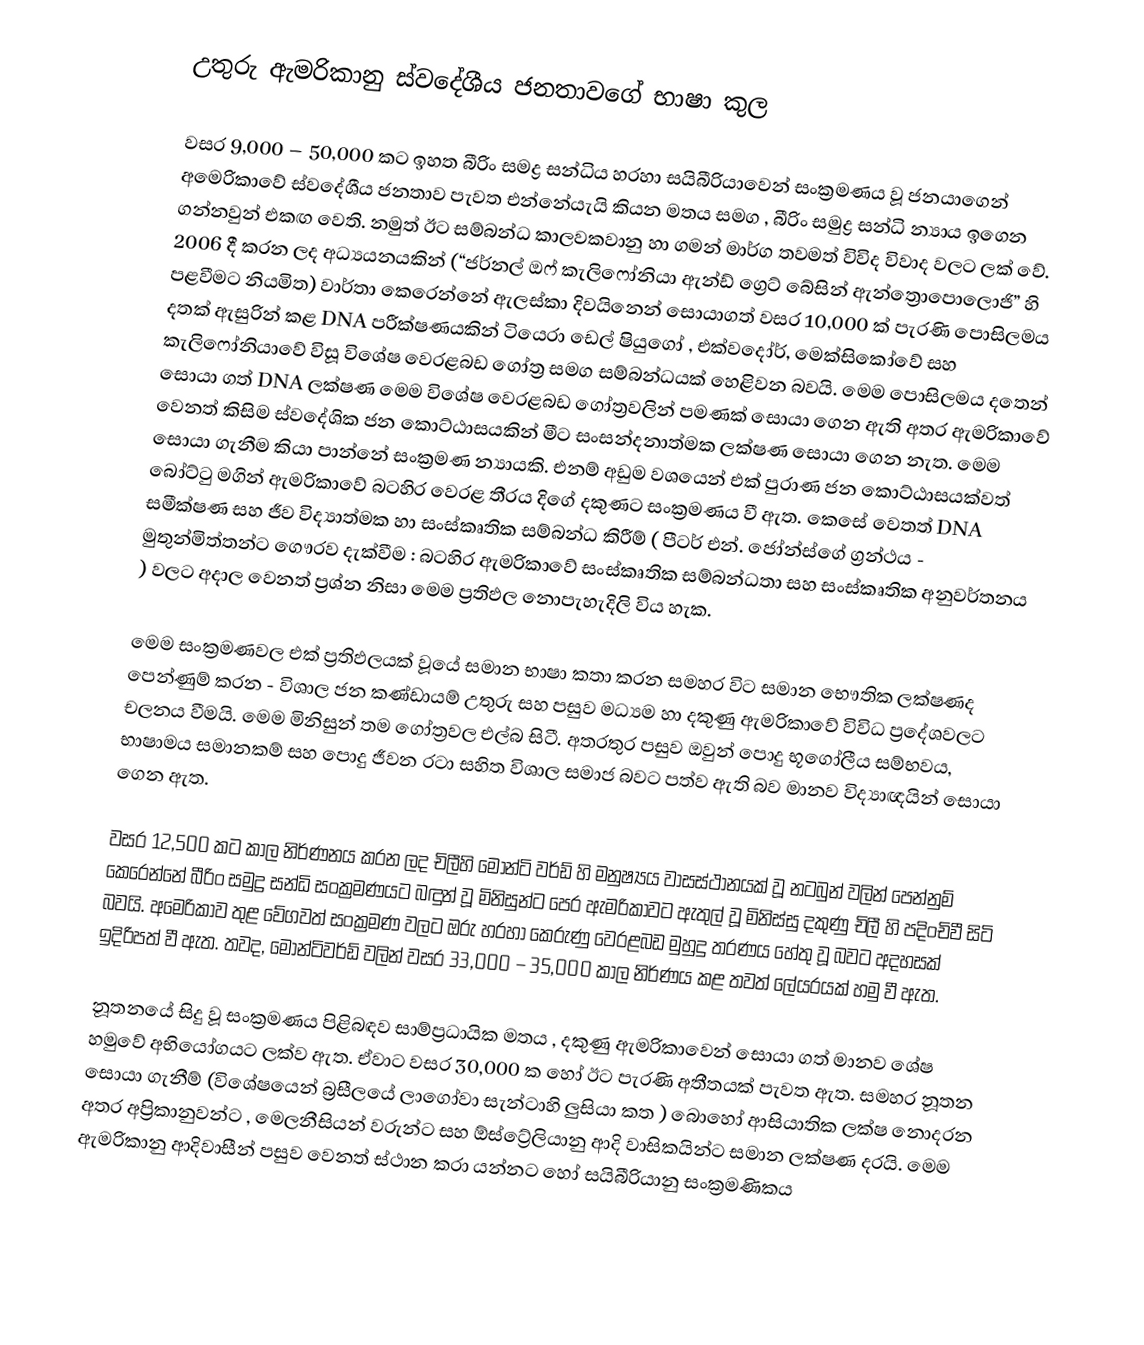
උතුරු ඇමරිකානු ස්වදේශීය ජනතාවගේ භාෂා කුල

වසර 9,000 – 50,000 කට ඉහත බීරිං සමද්‍ර සන්ධිය හරහා සයිබීරියාවෙන් සංක්‍රමණය වූ ජනයාගෙන් අමෙරිකාවේ ස්වදේශීය ජනතාව පැවත එන්නේයැයි කියන මතය සමග , බීරිං සමුද්‍ර සන්ධි න්‍යාය ඉගෙන ගන්නවුන් එකඟ වෙති. නමුත් ඊට සම්බන්ධ කාලවකවානු හා ගමන් මාර්ග තවමත්  විවිද විවාද වලට ලක් වේ. 2006 දී කරන ලද අධ්‍යයනයකින් (“ජර්නල් ඔෆ් කැලිෆෝනියා ඇන්ඩ් ග්‍රෙට් බේසින් ඇන්ත්‍රොපොලොජි” හි පළවීමට නියමිත) වාර්තා කෙරෙන්නේ ඇලස්කා දිවයිනෙන් සොයාගත් වසර 10,000 ක් පැරණි පොසිලමය දතක් ඇසුරින් කළ DNA පරීක්ෂණයකින් ටියෙරා ඩෙල් ෂියුගෝ , එක්වදෝර්, මෙක්සිකෝවේ සහ කැලිෆෝනියාවේ විසූ විශේෂ වෙරළබඩ ගෝත්‍ර සමග සම්බන්ධයක් හෙළිවන බවයි. මෙම පොසිලමය දතෙන් සොයා ගත් DNA ලක්ෂණ මෙම විශේෂ වෙරළබඩ ගෝත්‍රවලින් පමණක් සොයා ගෙන ඇති අතර ඇමරිකාවේ වෙනත් කිසිම ස්වදේශික ජන කොට්ඨාසයකින් මීට සංසන්දනාත්මක ලක්ෂණ සොයා ගෙන නැත. මෙම සොයා ගැනීම කියා පාන්නේ සංක්‍රමණ න්‍යායකි. එනම් අඩුම වශයෙන් එක් පුරාණ ජන කොට්ඨාසයක්වත් බෝට්ටු මගින් ඇමරිකාවේ බටහිර වෙරළ තීරය දිගේ දකුණට සංක්‍රමණය වී ඇත. කෙසේ වෙතත් DNA සමීක්ෂණ සහ ජීව විද්‍යාත්මක හා සංස්කෘතික සම්බන්ධ කිරීම් ( පීටර් එන්. ජෝන්ස්ගේ ග්‍රන්ථය - මුතුන්මිත්තන්ට ගෞරව දැක්වීම : බටහිර ඇමරිකාවේ සංස්කෘතික සම්බන්ධතා සහ සංස්කෘතික අනුවර්තනය ) වලට අදාල වෙනත් ප්‍රශ්න නිසා මෙම ප්‍රතිඵල නොපැහැදිලි විය හැක.

මෙම සංක්‍රමණවල එක් ප්‍රතිඵලයක් වූයේ සමාන භාෂා කතා කරන සමහර විට සමාන භෞතික ලක්ෂණද පෙන්ණුම් කරන - විශාල ජන කණ්ඩායම් උතුරු සහ පසුව මධ්‍යම හා දකුණු ඇමරිකාවේ විවිධ ප්‍රදේශවලට චලනය වීමයි. මෙම මිනිසුන් තම ගෝත්‍රවල එල්බ සිටී. අතරතුර පසුව ඔවුන් පොදු භූගෝලීය සම්භවය, භාෂාමය සමානකම් සහ පොදු ජීවන රටා සහිත විශාල සමාජ බවට පත්ව ඇති බව මානව විද්‍යාඥයින් සොයා ගෙන ඇත.

වසර 12,500 කට කාල නිර්ණනය කරන ලද  චිලීහි මොන්ටි වර්ඩ් හි මනුෂ්‍යය වාසස්ථානයක් වූ නටබුන් වලින් පෙන්නුම් කෙරෙන්නේ බීරිං සමුද්‍ර සන්ධි සංක්‍රමණයට බඳුන් වූ මිනිසුන්ට පෙර ඇමරිකාවට ඇතුල් වූ මිනිස්සු දකුණු චිලී හි පදිංචිවී සිටි බවයි. අමෙරිකාව තුළ වේගවත් සංක්‍රමණ වලට ඔරු හරහා කෙරුණු වෙරළබඩ මුහුදු තරණය හේතු වූ බවට අදහසක් ඉදිරිපත් වී ඇත. තවද, මොන්ටිවර්ඩ් වලින් වසර 33,000 – 35,000 කාල නිර්ණය කළ තවත් ලේයරයක් හමු වී ඇත.

නූතනයේ සිදු වූ සංක්‍රමණය පිළිබඳව සාම්ප්‍රධායික මතය , දකුණු ඇමරිකාවෙන් සොයා ගත් මානව ශේෂ හමුවේ අභියෝගයට ලක්ව ඇත. ඒවාට වසර 30,000 ක හෝ ඊට පැරණි අතීතයක් පැවත ඇත. සමහර නූතන සොයා ගැනීම් (විශේෂයෙන් බ්‍රසීලයේ ලාගෝවා සැන්ටාහි ලුසියා කත ) බොහෝ ආසියාතික ලක්ෂ නොදරන අතර අප්‍රිකානුවන්ට , මෙලනීසියන් වරුන්‍ට සහ ඕස්ට්‍රේලියානු ආදි වාසිකයින්ට  සමාන ලක්ෂණ දරයි. මෙම ඇමරිකානු ආදිවාසීන් පසුව වෙනත් ස්ථාන කරා යන්නට හෝ  සයිබීරියානු සංක්‍රමණිකය